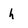
Character: h